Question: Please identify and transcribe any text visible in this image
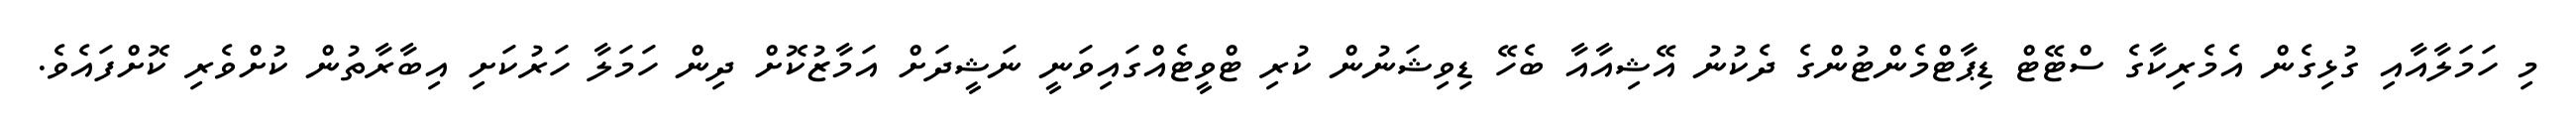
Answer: މި ހަމަލާއާއި ގުޅިގެން އެމެރިކާގެ ސްޓޭޓް ޑިޕާޓްމެންޓުންގެ ދެކުނު އޭޝިއާއާ ބެހޭ ޑިވިޝަނުން ކުރި ޓްވީޓެއްގައިވަނީ ނަޝީދަށް އަމާޒުކޮށް ދިން ހަމަލާ ހަރުކަށި އިބާރާތުން ކުށްވެރި ކޮށްފައެވެ.